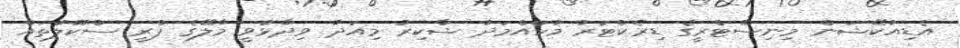
އެޑިއުކޭޝަން މިނިސްޓްރީގެ ޑިރެކްޓަރު މުހައްމަދު ޝާކިރު މިއަދު ވިދާޅުވީ މާލޭގެ ޕްރީ ސްކޫލުތައް